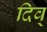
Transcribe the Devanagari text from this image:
दिव्‌